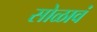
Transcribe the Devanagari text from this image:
सोळावं